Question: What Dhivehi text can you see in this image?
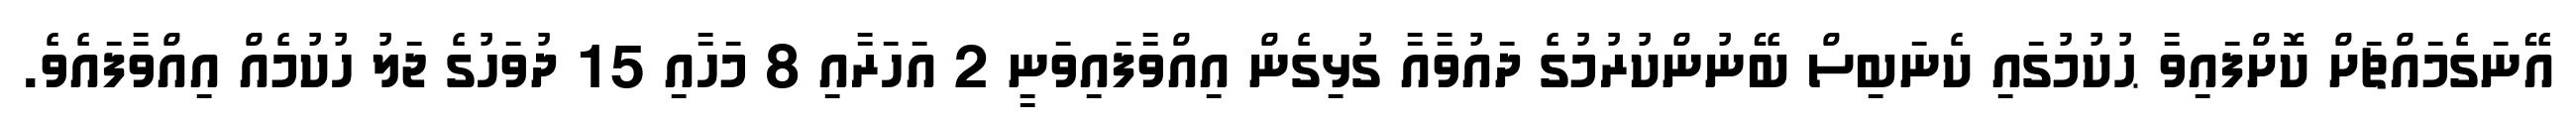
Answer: އޭނަގެމައްޗަށް ކޮށްފައިވާ ޙުކުމުގައި ކެނަބިސް ބޭނުންކުރުމުގެ ދައުވާއާ ގުޅިގެން އިއްވާފައިވަނީ 2 އަހަރާއި 8 މަހާއި 15 ދުވަހުގެ ޖަލު ހުކުމެއް އިއްވާފައެވެ.